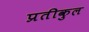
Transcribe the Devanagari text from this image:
प्रतीकुल